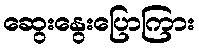
ဆွေးနွေးပြောကြား